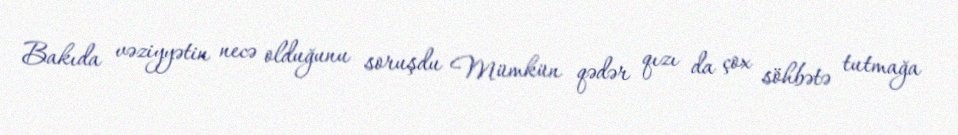
Bakıda vəziyyətin necə olduğunu soruşdu Mümkün qədər qızı da çox söhbətə tutmağa